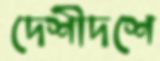
দেশীদশে